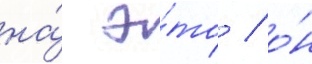
на́ э́то / о́н